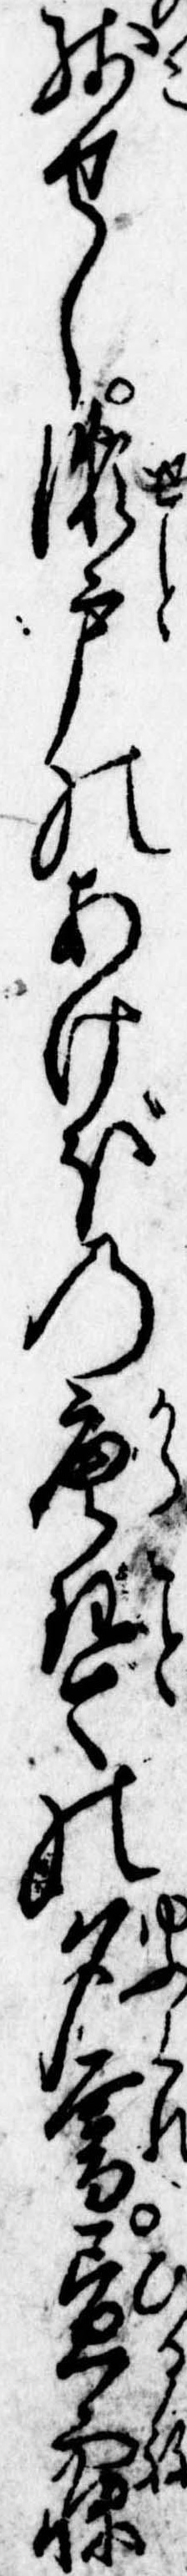
残せし瀬戸のあけぼの唐琴の夕暮昼寝